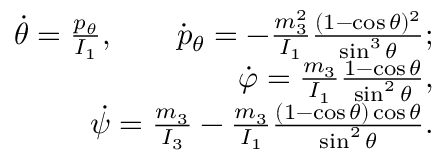
\begin{array} { r } { \dot { \theta } = \frac { p _ { \theta } } { I _ { 1 } } , \qquad \dot { p } _ { \theta } = - \frac { m _ { 3 } ^ { 2 } } { I _ { 1 } } \frac { ( 1 - \cos \theta ) ^ { 2 } } { \sin ^ { 3 } \theta } ; } \\ { \dot { \varphi } = \frac { m _ { 3 } } { I _ { 1 } } \frac { 1 - \cos \theta } { \sin ^ { 2 } \theta } , } \\ { \dot { \psi } = \frac { m _ { 3 } } { I _ { 3 } } - \frac { m _ { 3 } } { I _ { 1 } } \frac { ( 1 - \cos \theta ) \cos \theta } { \sin ^ { 2 } \theta } . } \end{array}